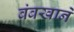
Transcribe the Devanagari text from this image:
बंबखाने